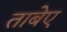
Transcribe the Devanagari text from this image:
ताबेए